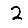
Digit: 2